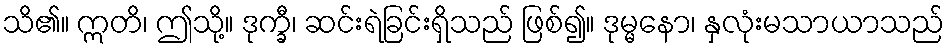
သိ၏။ ဣတိ၊ ဤသို့။ ဒုက္ခီ၊ ဆင်းရဲခြင်းရှိသည် ဖြစ်၍။ ဒုမ္မနော၊ နှလုံးမသာယာသည်